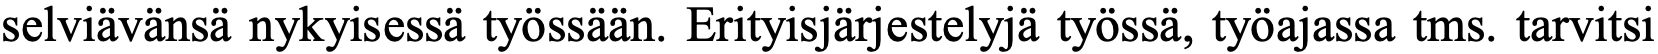
selviävänsä nykyisessä työssään. Erityisjärjestelyjä työssä, työajassa tms. tarvitsi